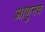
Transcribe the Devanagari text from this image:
आणुनच